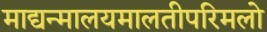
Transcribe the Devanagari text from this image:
माद्यन्मालयमालतीपरिमलो